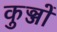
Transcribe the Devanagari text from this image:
कुञ्जों